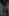
: